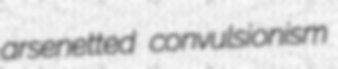
arsenetted convulsionism